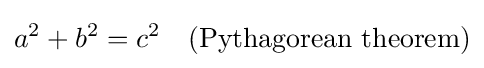
a^{2}+b^{2}=c^{2}\quad ({\text{Pythagorean theorem}})